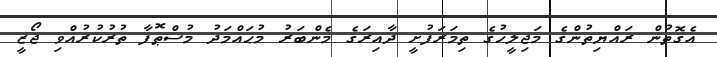
އެގޮތުން ރައްޔިތުންގެ މަޖިލީހުގެ ތިމަރަފުށީ ދާއިރަގެ މެންބަރު މުޙައްމަދު މުސްޠޮފާ ތުރުކުރުއްވި ޖޯޒީ